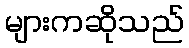
များကဆိုသည်